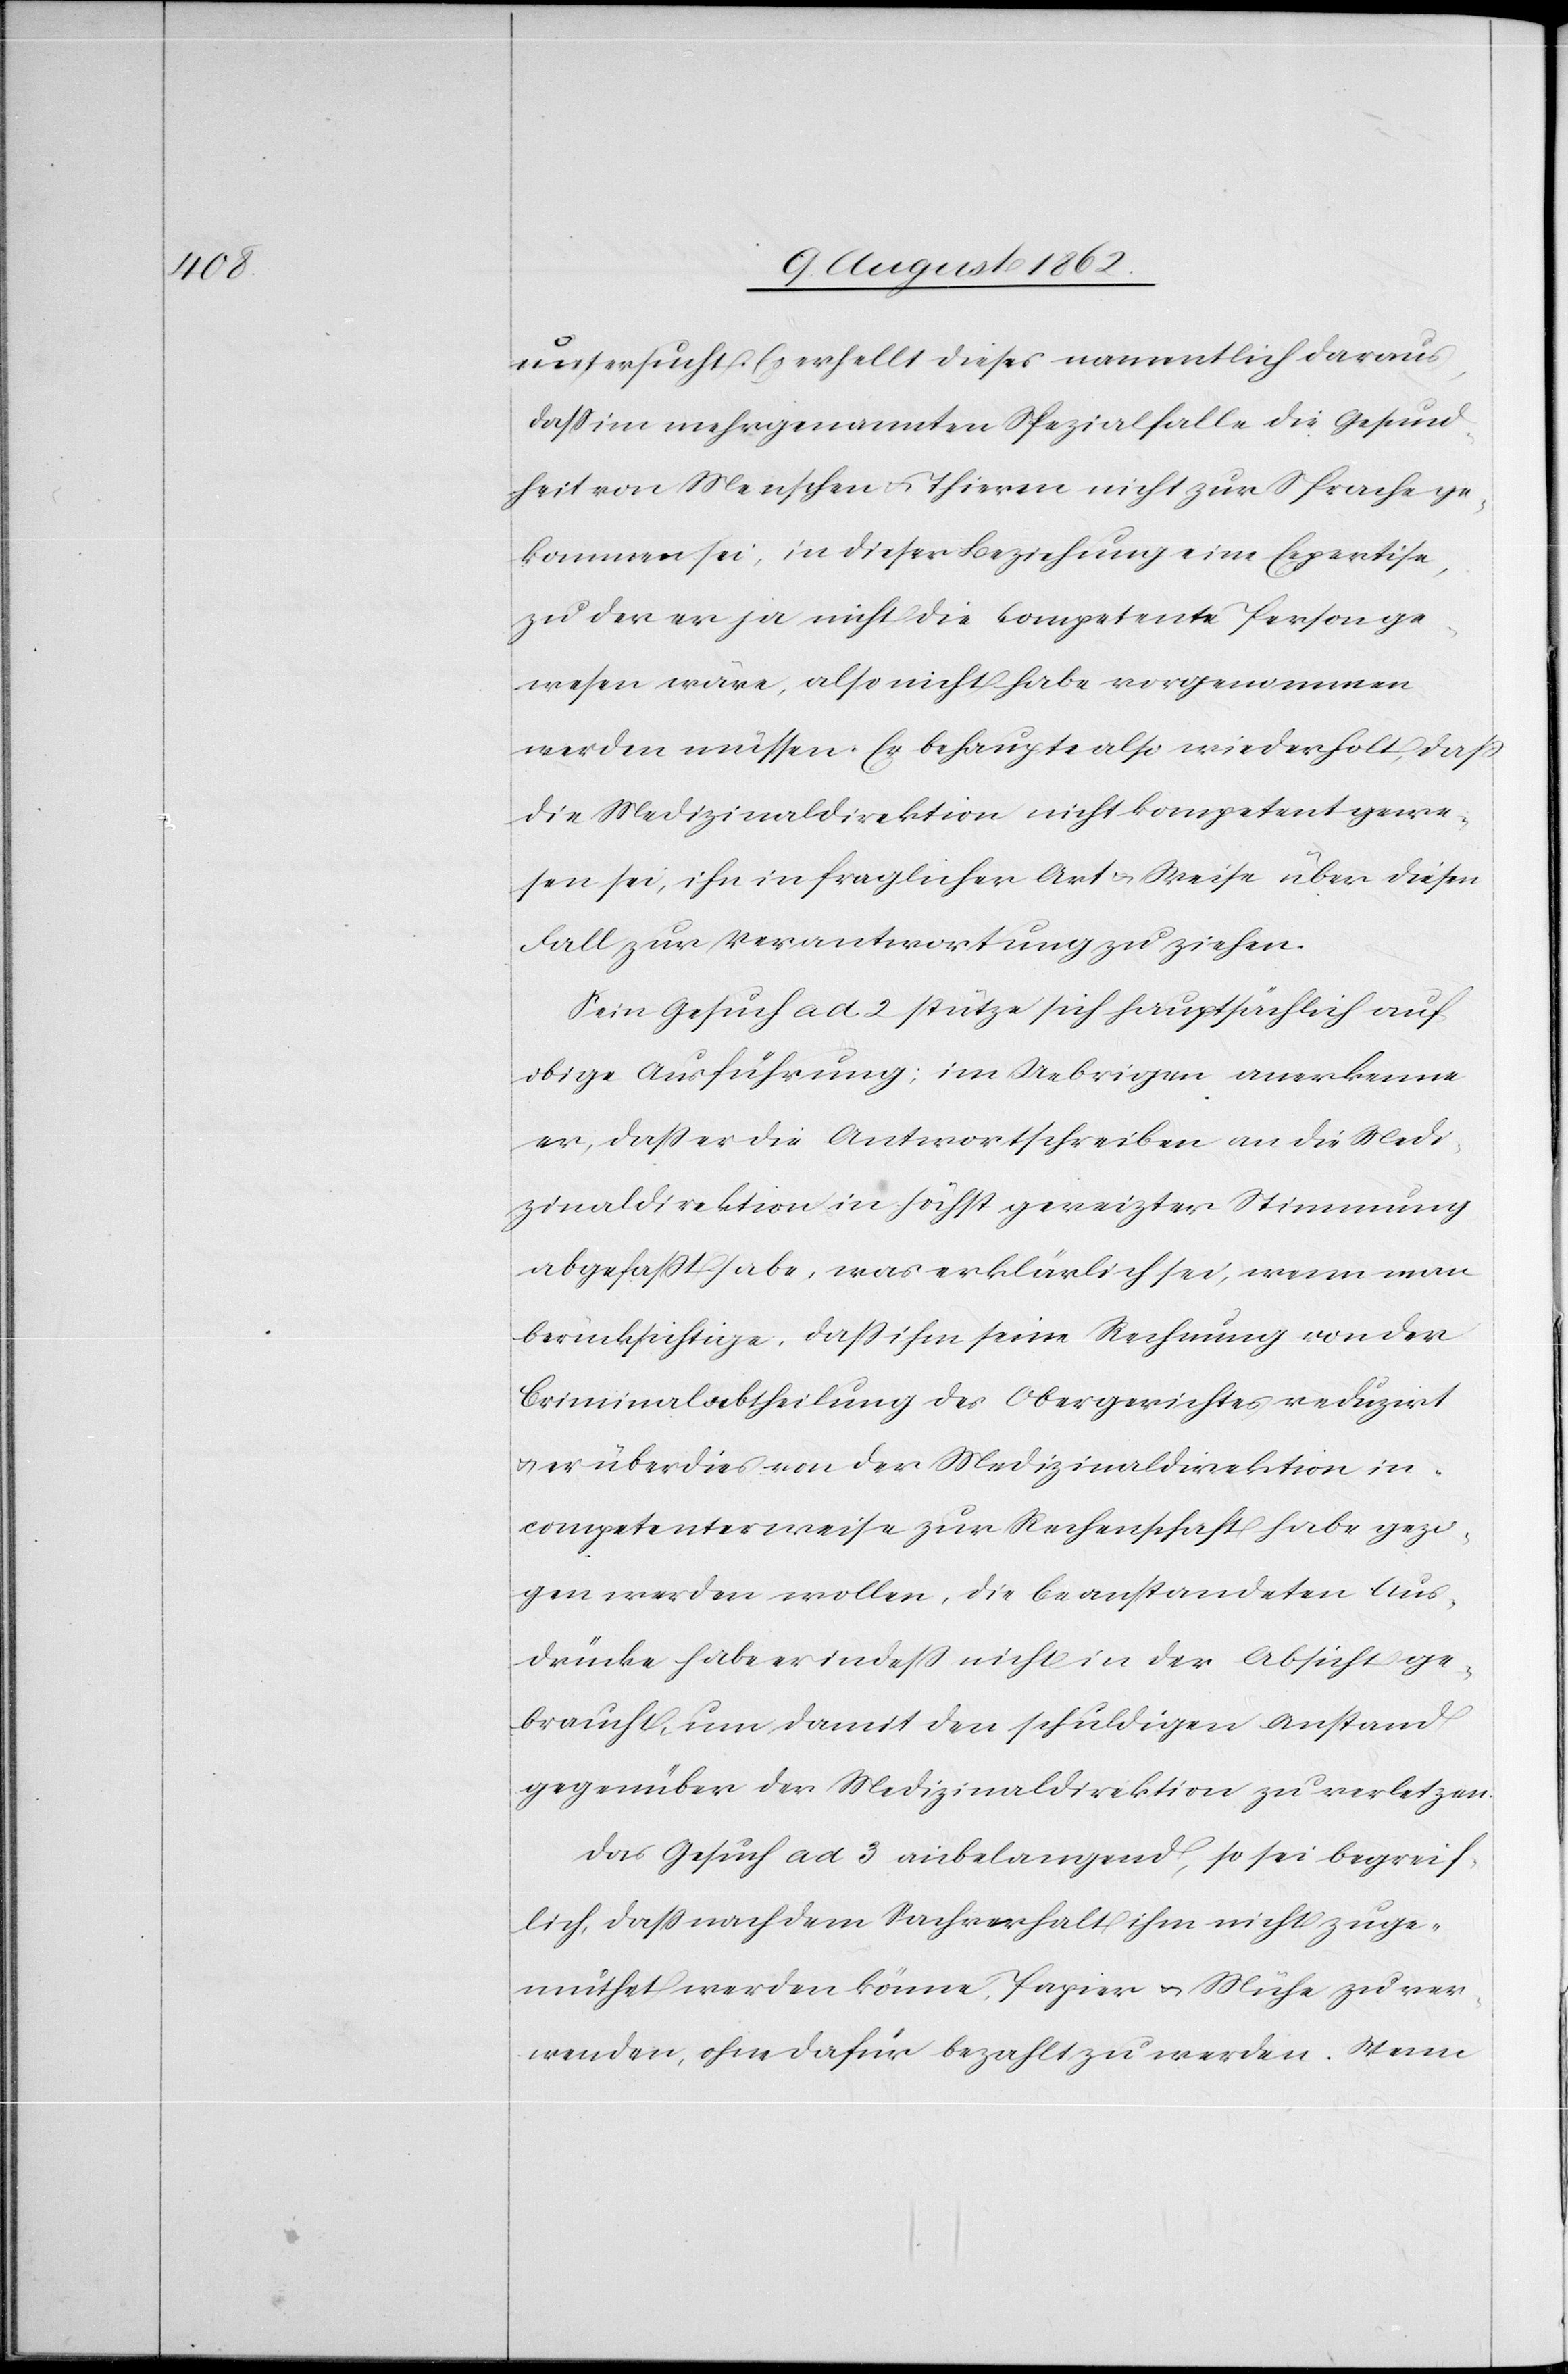
untersucht. Es erhellt dieses namentlich daraus,
daß im mehrgenannten Spezialfalle die Gesund¬
heit von Menschen u. Thieren nicht zur Sprache ge¬
kommen sei, in dieser Beziehung eine Expertise,
zu der er ja nicht die kompetente Person ge¬
wesen wäre, also nicht habe vorgenommen
werden müssen. Er behaupte also wiederholt, daß
die Medizinaldirektion nicht kompetent gewe¬
sen sei, ihn in fraglicher Art u. Weise über diesen
Fall zur Verantwortung zu ziehen.
Sein Gesuch ad 2 stütze sich hauptsächlich auf
obige Ausführung; im Uebrigen anerkenne
er, daß er die Antwortschreiben an die Medi¬
zinaldirektion in höchst gereizter Stimmung
abgefaßt habe was erklärlich sei, wenn man
berücksichtige, daß ihm seine Rechnung von der
Criminalabtheilung des Obergerichtes reduzirt
u. er überdies von der Medizinaldirektion in¬
competenterweise zur Rechenschaft habe gezo¬
gen werden wollen, die beanstandeten Aus¬
drücke habe er indeß nicht in der Absicht ge¬
braucht, um damit den schuldigen Anstand
gegenüber der Medizinaldirektion zu verletzen.
Das Gesuch ad 3 anbelangend, so sei begreif¬
lich, daß nach dem Sachverhalt ihm nicht zuge¬
muthet werden könne, Papier u. Mühe zu ver¬
wenden, ohne dafür bezahlt zu werden. Wenn